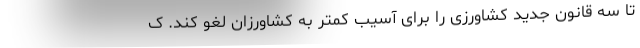
تا سه قانون جدید کشاورزی را برای آسیب کمتر به کشاورزان لغو کند. ک